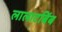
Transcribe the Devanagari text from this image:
लालाटबिंब